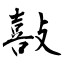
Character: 敼